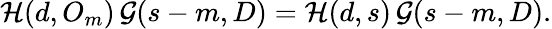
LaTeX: {\mathcal{H}}(d,O_{m})\, {\mathcal{G}}(s-m,D)={\mathcal{H}}(d,s)\, {\mathcal{G}}(s-m,D).